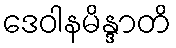
ဒေဝါနမိန္ဒာတိ